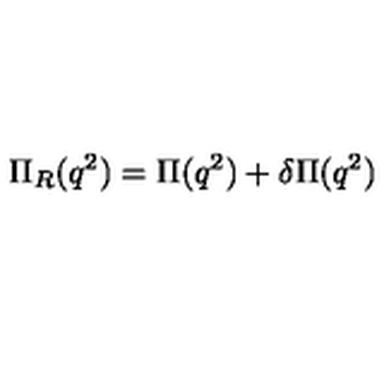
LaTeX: \Pi _ { R } ( q ^ { 2 } ) = \Pi ( q ^ { 2 } ) + \delta \Pi ( q ^ { 2 } )